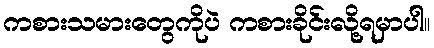
ကစားသမားတွေကိုပဲ ကစားခိုင်းလို့ရမှာပါ။